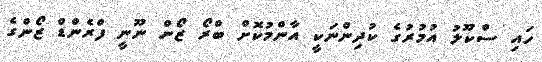
ހައި ސްކޫލު އުމުރުގެ ކުދިންނަކީ އާންމުކޮށް ބްރޯ ޒޯން ނޫނީ ފްރެންޑް ޒޯންގެ